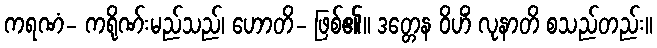
ကရဏံ- ကရိုဏ်းမည်သည်၊ ဟောတိ- ဖြစ်၏။ ဒတ္တေန ဝိဟိံ လုနာတိ စသည်တည်း။